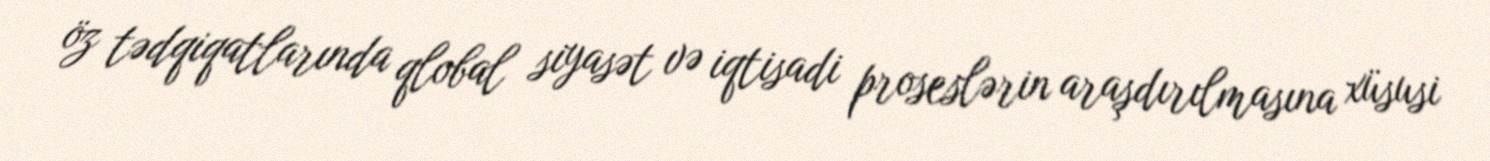
öz tədqiqatlarında qlobal siyasət və iqtisadi proseslərin araşdırılmasına xüsusi